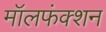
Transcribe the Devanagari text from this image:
मॉलफंक्शन